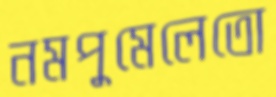
নমপুমেলেতো